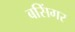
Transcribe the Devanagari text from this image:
बसिंगर